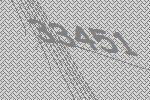
33451